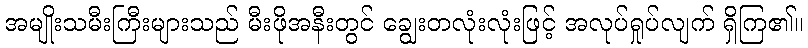
အမျိုးသမီးကြီးများသည် မီးဖိုအနီးတွင် ချွေးတလုံးလုံးဖြင့် အလုပ်ရှုပ်လျက် ရှိကြ၏။